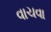
વાચવા